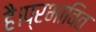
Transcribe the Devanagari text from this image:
है।प्रभावित